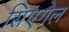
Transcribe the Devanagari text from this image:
सिएगेल